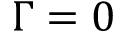
\Gamma = 0